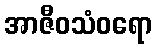
အာဇီဝသံဝရော